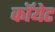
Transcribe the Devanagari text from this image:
कॉयेट